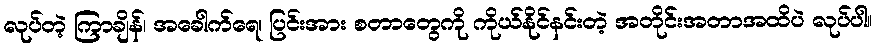
လုပ်တဲ့ ကြာချိန်၊ အခေါက်ရေ၊ ပြင်းအား စတာတွေကို ကိုယ်နိုင်နင်းတဲ့ အတိုင်းအတာအထိပဲ လုပ်ပါ။